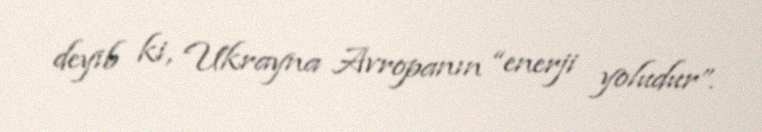
deyib ki, Ukrayna Avropanın “enerji yoludur”.